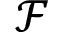
\mathcal { F }